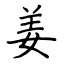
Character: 姜